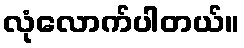
လုံလောက်ပါတယ်။